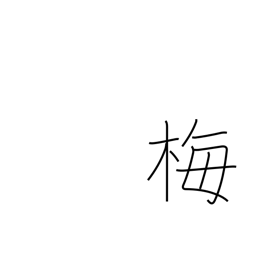
Meaning: plum